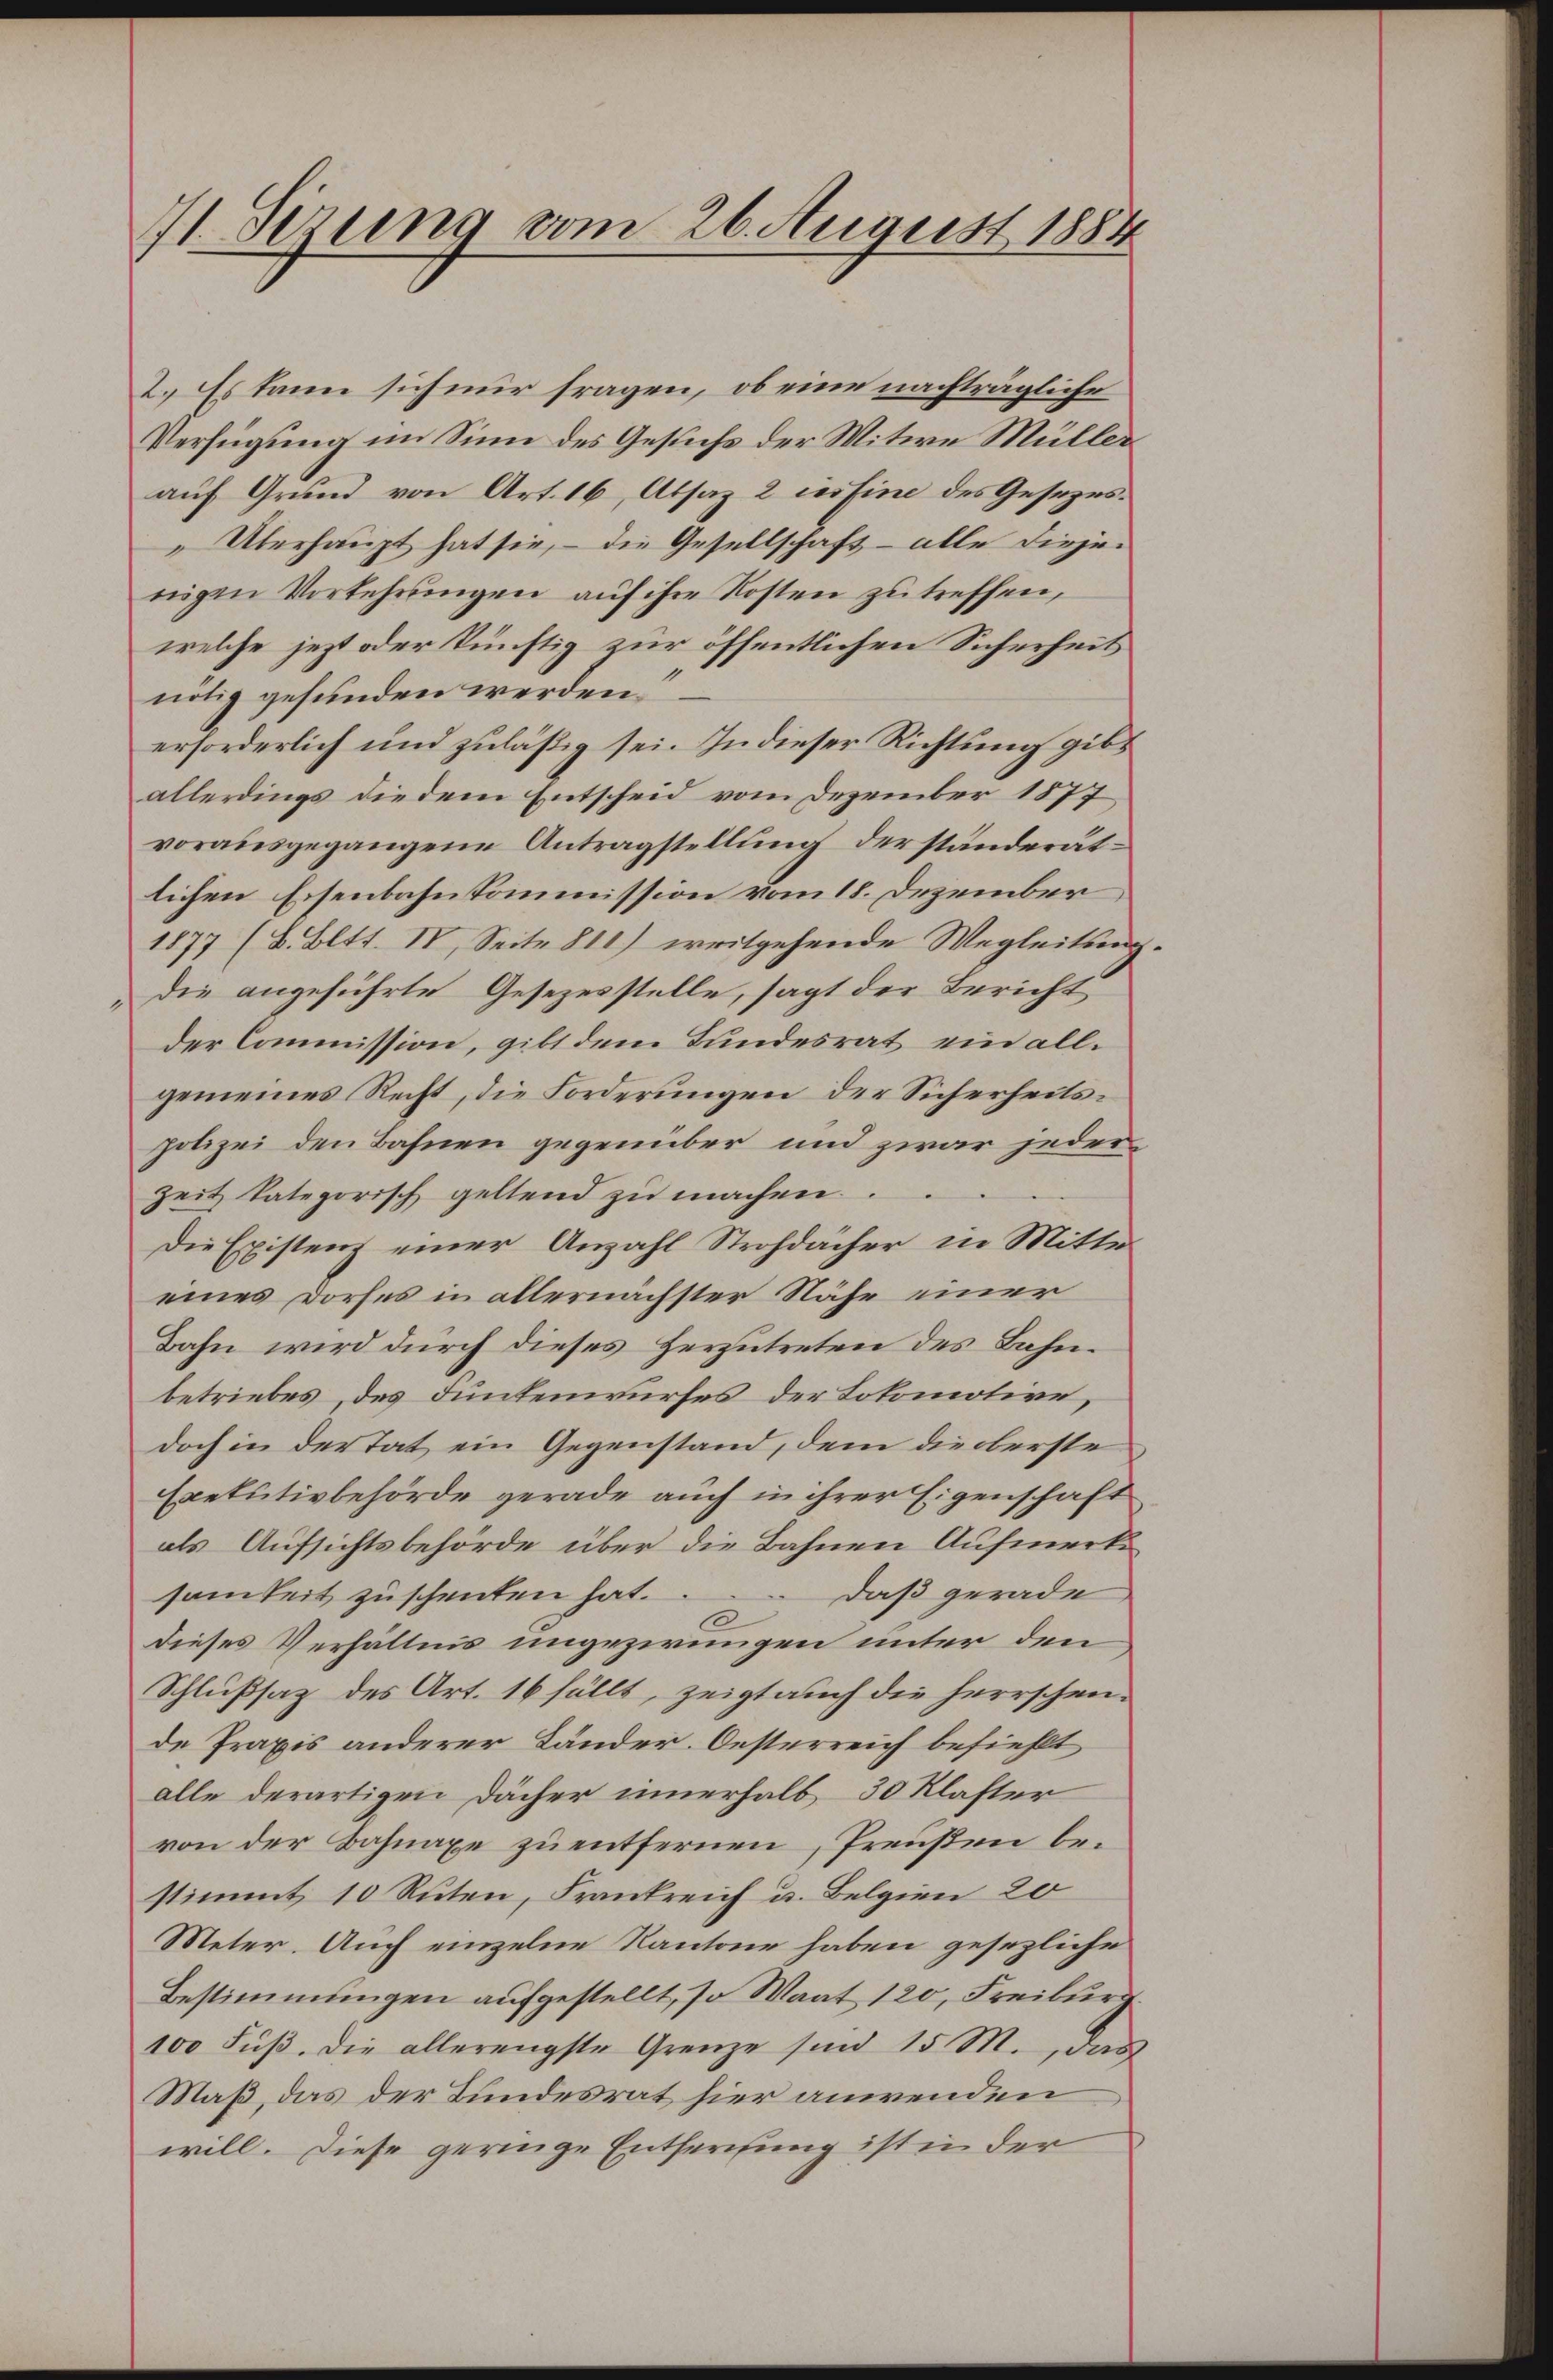
41. Sizung vom 26. August 1884

2.) Es kann sich nur fragen, ob eine nachträgliche
Verfügung im Sinn des Gesuchs der Witwe Müller
auf Grund von Art. 16, Absaz 2 nisine des Gesezes¬
"Überhaupt hat sie, – die Gesellschaft alle diejenigen Vorkehrungen auf ihre Kosten zu treffen,
welche jezt oder künftig zur öffentlichen Sicherheit
nötig gefunden werden.
erforderlich und zuläßig sei. In dieser Richtung gibs
allerdings die dem Entscheid vom Dezember 1877
vorausgegangene Antragstellung der ständerätlichen Eisenbahnkommission vom 18. Dezember
1877 (8. Bett. IV, Seite 811) irritgehende Wegleitung.
Die angeführte Gesezesstelle, sagt der Bericht
der Commission, gibt dem Bundesrat ein allgemeines Recht, die Forderungen der Sicherheitspolizei den Bahnen gegenüber und zwar jederzeit kategorisch geltend zu machen.
Die Existenz einer Anzahl Strohdächer in Mitte
eines Dorfes in allernächster Nähe einer
Bahn wird durch dieses Herzutreten des Bahnbetriebes, des Funtenwurfes der Lokomotive,
doch in der Tat ein Gegenstand, dem die oberste
Exekutivbehörde gerade auch in ihrer Eigenschaft
als Aufsichtsbehörde über die Bahnen Aufmerk
samkeit zŭschenten hat. Daß gerade,
dieses Verhältnis ungezwungen unter den
Schlußsatz des Art. 16 fällt, zeigt auch die herrschen-
de Praxis anderer Länder. Oesterreich befiehlt
alle derartigen Dächer innerhalb 30 Klafter
von der Bahnaxe zu entfernen, Preußen bestimmt, 10 Ruten, Frankreich u. Belgien 20
Meter. Auch einzelne Kantone haben gesezliche
Bestimmungen aufgestellt, so Waat 120, Freiburg
100 Fŭβ. Die allerengste Grenze sind 15 M., das
Maß, das der Bundesrat hier anwenden
will. Diese geringe Entfernung ist in der